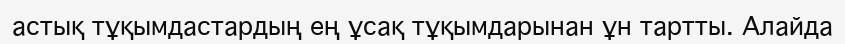
астық тұқымдастардың ең ұсақ тұқымдарынан ұн тартты. Алайда